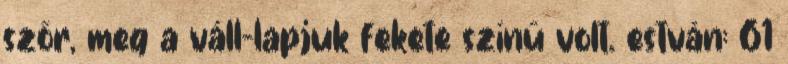
szőr, meg a váll-lapjuk fekete színű volt. estván: 61